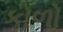
કોળો